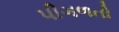
પીગળતો